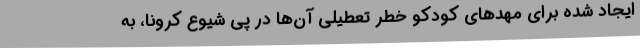
ایجاد شده برای مهدهای کودکو خطر تعطیلی آن‌ها در پی شیوع کرونا، به